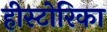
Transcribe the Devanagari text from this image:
हीस्टोरिका